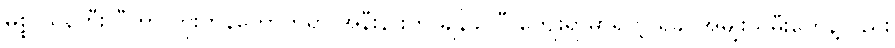
မစ္စ ယန်ဟီးလီဟာ ကိုးတန်ကောက်ရွာ အနီးနားက ချိန်ခါလီ ကျေးရွာမှာရှိတဲ့ ရခိုင်အမျိုးသမီးတွေနဲ့လည်း